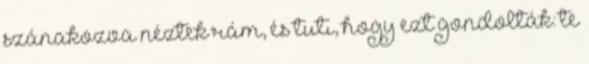
szánakozva néztek rám, és tuti, hogy ezt gondolták: te